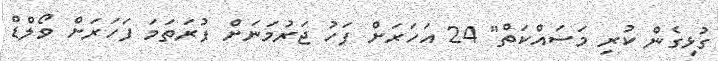
ގުޅިގެން ކުރި މަސައްކަތް" 24 އަހަރަށް ފަހު ޖަރުމަނަށް ފުރަތަމަ ފަހަރަށް ވޯލްޑް